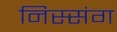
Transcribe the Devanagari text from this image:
निस्संग